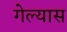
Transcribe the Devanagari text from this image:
गेल्‍यास